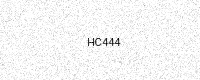
Text: HC444